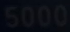
5000